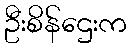
ဦးစိန်ဌေးက